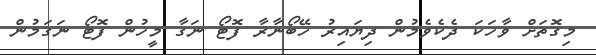
މިގޮތަށް ވާހަކަ ދެކެވެމުން ދިޔައިރު ހޭބޯނާރާ ފޮޓޯ ނަގާ މީހުން ފޮޓޯ ނަގަމުން